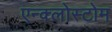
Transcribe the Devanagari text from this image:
एन्क्लोस्टोम